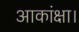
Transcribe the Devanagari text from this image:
आकांक्षा।